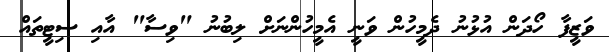
ވަޒީފާ ހޯދަން އުޅުނު ދެމީހުން ވަނީ އެމީހުންނަށް ލިބުނު "ވިސާ" އާއި ސިޓީތައް